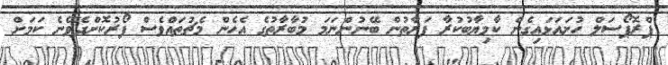
ޕްރޮޕޯސަލް ހުށައަޅައިގެން ކާމިޔާބުކުރާ ފަރާތުން ބޭނުންނަމަ މުބާރާތުގެ އެހެން މެޗުތައްވެސް ފޯރުކޮށްދެވޭނެ ކަމަށް